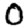
Digit: 0